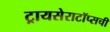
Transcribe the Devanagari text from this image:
ट्रायसेराटॉप्सची